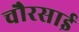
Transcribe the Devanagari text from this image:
चौरसाई